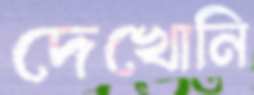
দেখোনি